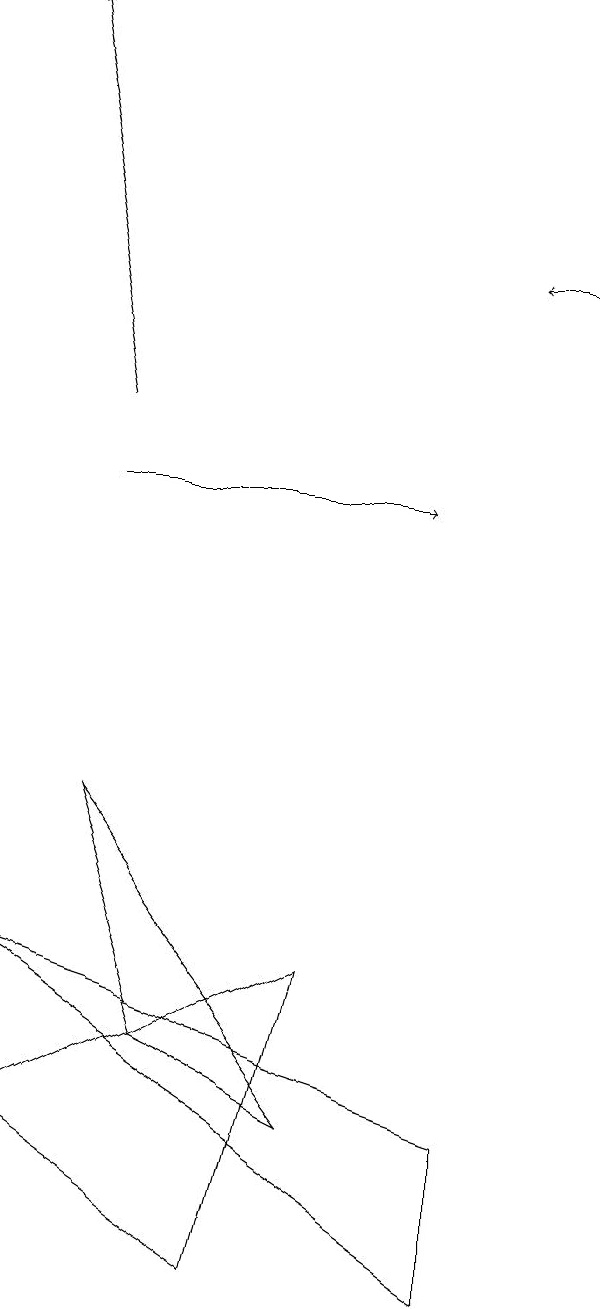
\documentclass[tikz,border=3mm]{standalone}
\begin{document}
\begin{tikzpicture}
\draw[->] (2,10) -- (6,10);
\draw[->] (2,11) -- (1,16);
\draw (5,4) -- (1,2) -- (4,0) -- cycle;
\draw[->] (8,13) -- (7,13);
\draw (1,4) -- (7,0) -- (7,2) -- cycle;
\draw (5,2) -- (3,3) -- (2,6) -- cycle;
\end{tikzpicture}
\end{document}